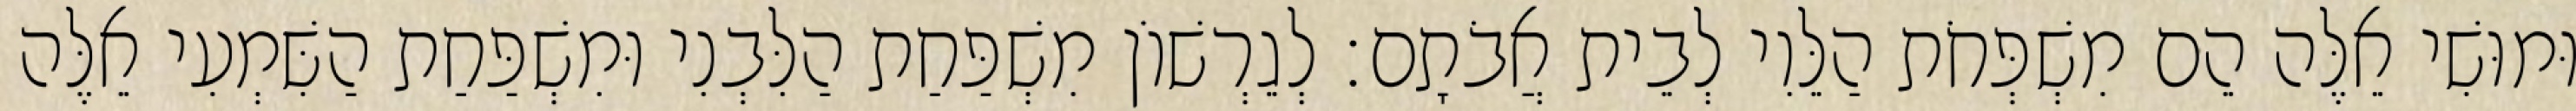
וּמוּשִׁי אֵלֶּה הֵם מִשְׁפְּחֹת הַלֵּוִי לְבֵית אֲבֹתָם׃ לְגֵרְשׁוֹן מִשְׁפַּחַת הַלִּבְנִי וּמִשְׁפַּחַת הַשִּׁמְעִי אֵלֶּה